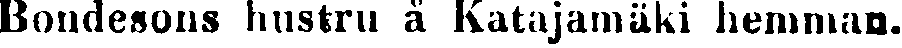
Bondesons hustru å Katajamäki hemman.